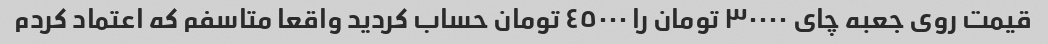
قیمت روی جعبه چای ٣٠٠٠٠ تومان را ٤٥٠٠٠ تومان حساب کردید واقعا متاسفم که اعتماد کردم